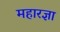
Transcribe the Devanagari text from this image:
महारज्ञा